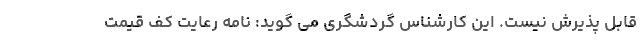
قابل پذیرش نیست. این کارشناس گردشگری می گوید: نامه رعایت کف قیمت